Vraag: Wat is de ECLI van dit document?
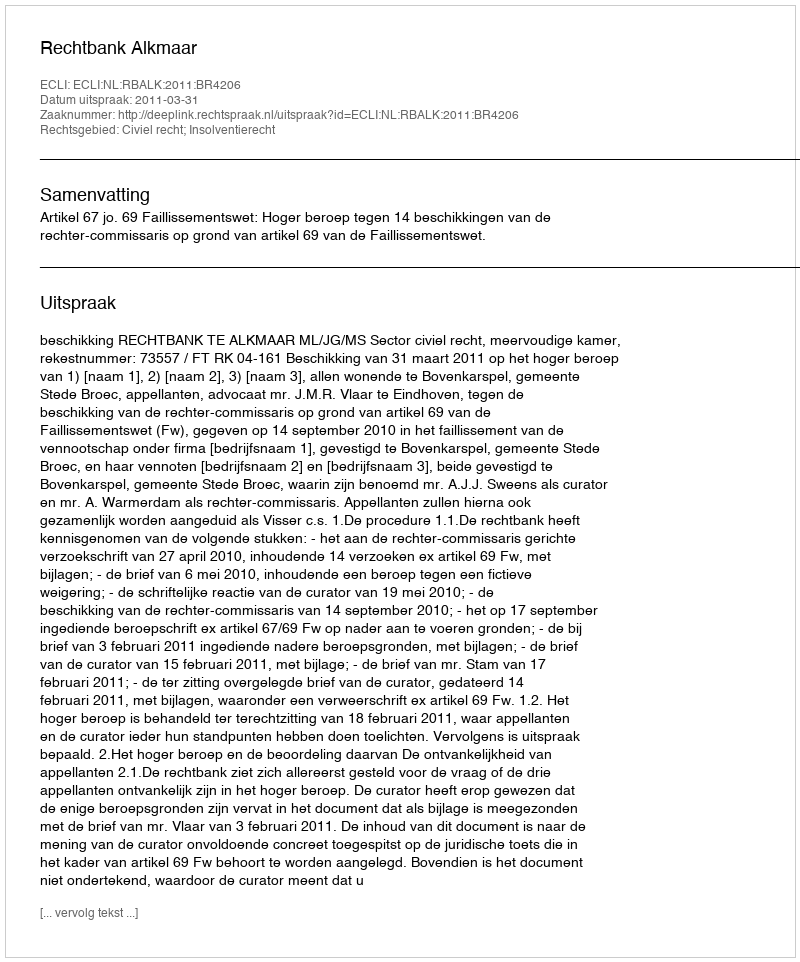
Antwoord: ECLI:NL:RBALK:2011:BR4206